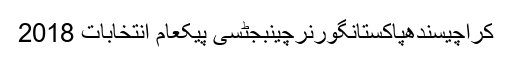
کراچیسندھپاکستانگورنرچینبجٹسی پیکعام انتخابات 2018